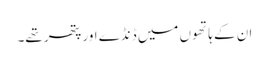
ان کے ہاتھوں میں ڈنڈے اور پتھر تھے۔